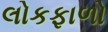
લોકફાળો